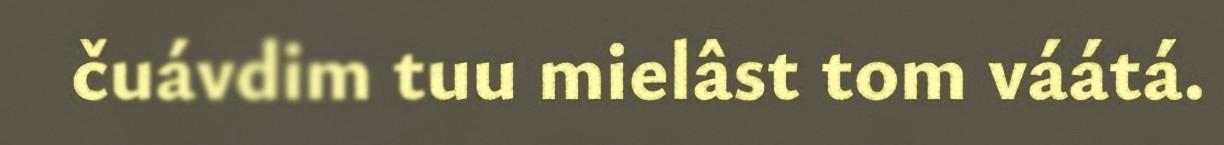
čuávdim tuu mielâst tom váátá.